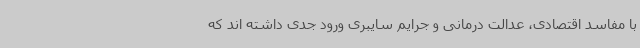
با مفاسد اقتصادی، عدالت درمانی و جرایم سایبری ورود جدی داشته اند که